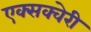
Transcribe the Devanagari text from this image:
एक्सक्वेरी